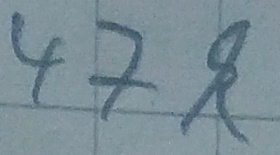
Text: 47k